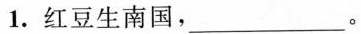
1.红豆生南国，___。